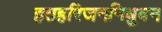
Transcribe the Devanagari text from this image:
हतहरिजननिधुवन